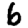
Digit: 6